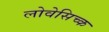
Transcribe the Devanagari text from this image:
लोवेसिच्क